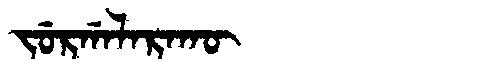
Manchu: ᠵᡠᡵᡤᠠᠯᠠᡵᠠᡴᡡ
Romanization: JURGALARAKŪ